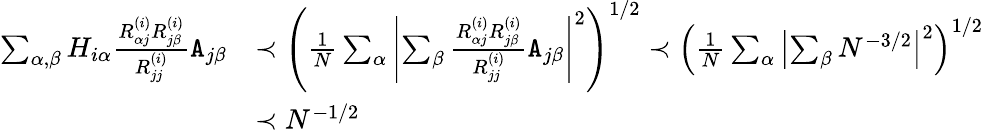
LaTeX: \begin{array}{rl}{\sum_{\alpha,\beta}H_{i\alpha}\frac{R_{\alpha j}^{(i)}R_{j\beta}^{(i)}}{R_{jj}^{(i)}}{\texttt A}_{j\beta}}&{\prec\left(\frac{1}{N}\sum_{\alpha}\left|\sum_{\beta}\frac{R_{\alpha j}^{(i)}R_{j\beta}^{(i)}}{R_{jj}^{(i)}}{\texttt A}_{j\beta}\right|^{2}\right)^{1/2}\prec\left(\frac{1}{N}\sum_{\alpha}\left|\sum_{\beta}N^{-3/2}\right|^{2}\right)^{1/2}}\\ &{\prec N^{-1/2}}\end{array}